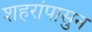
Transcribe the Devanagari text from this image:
शहरांपासुन